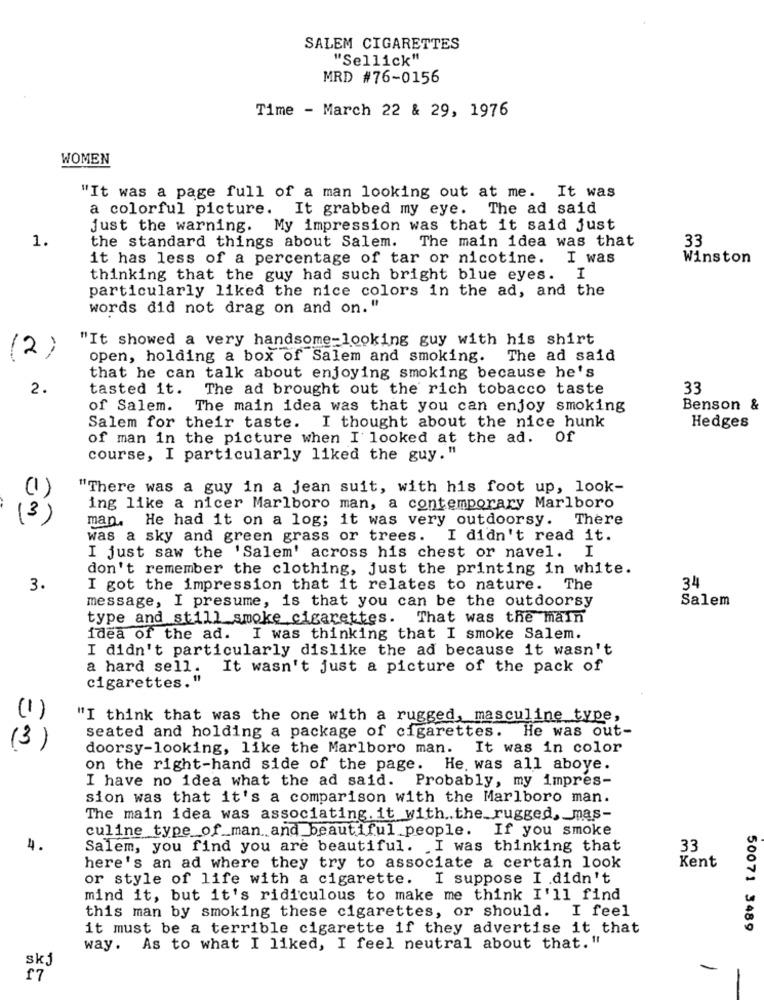
SALEM CIGARETTES
"Sellick"
MRD #76-0156
Time - March 22 & 29, 1976
WOMEN
"It was a page full of a man looking out at me. It was
a colorful picture. It grabbed my eye.
The ad said
just the warning. My impression was that it said just
1.
the standard things about Salem. The main idea was that
33
it has less of a percentage of tar or nicotine.
I was
Winston
thinking that the guy had such bright blue eyes.
I
particularly liked the nice colors in the ad, and the
words did not drag on and on."
"It showed a very handsome-looking guy with his shirt
(2)
open, holding a box of Salem and smoking. The ad said
that he can talk about enjoying smoking because he's
2.
tasted it. The ad brought out the rich tobacco taste
33
of Salem. The main idea was that you can enjoy smoking
Benson &
Hedges
Salem for their taste. I thought about the nice hunk
of man in the picture when I looked at the ad. Of
course, I particularly liked the guy. "
"There was a guy in a jean suit, with his foot up, look-
ing like a nicer Marlboro man, a contemporary Marlboro
(3)
man. He had it on a log; it was very outdoorsy. There
was a sky and green grass or trees. I didn't read it.
I just saw the 'Salem' across his chest or navel. ]
don't remember the clothing, just the printing in white.
3.
I got the impression that it relates to nature.
The
34
message, I presume, is that you can be the outdoorsy
Salem
type and still smoke cigarettes. That was the main
idea of the ad. I was thinking that I smoke Salem.
I didn't particularly dislike the ad because it wasn't
a hard sell. It wasn't just a picture of the pack of
cigarettes."
(1)
"I think that was the one with a rugged, masculine type,
seated and holding a package of cigarettes. He was out-
(3)
doorsy-looking, like the Marlboro man. It was in color
on the right-hand side of the page. He. was all above.
I have no idea what the ad said. Probably, my impres-
sion was that it's a comparison with the Marlboro man.
The main idea was associating. it with .. the rugged, mas-
culine type of man and beautiful people. If you smoke
4.
Salem, you find you are beautiful. I was thinking that
33
here's an ad where they try to associate a certain look
Kent
or style of life with a cigarette. I suppose I didn't
mind it, but it's ridiculous to make me think I'll find
this man by smoking these cigarettes, or should. I feel
it must be a terrible cigarette if they advertise it that
50071 3489
way. As to what I liked, I feel neutral about that. "
17